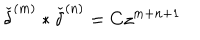
{ \check { \delta } } ^ { ( m ) } \ast { \check { \delta } } ^ { ( n ) } = C z ^ { m + n + 1 }